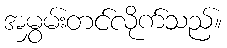
အမွှမ်းတင်လိုက်သည်။